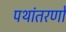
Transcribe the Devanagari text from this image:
पथांतरणों